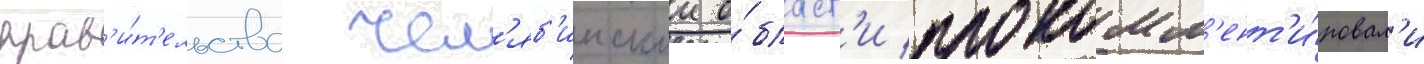
прав'и́т'ельства чел'яб'инскои о́бласт'и прокомм'ент'и́ровал'и